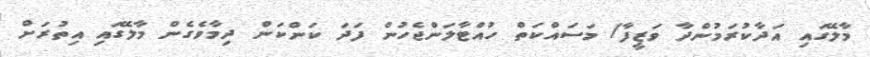
މާލޭގައި އަދާކުރަމުންދާ ވަޒީފާ/ މަސައްކަތް ހުއްޓާލަންޖެހުން ފަދަ ކަންކަން ދިމާވެގެން މާލޭގައި އިތުރަށް